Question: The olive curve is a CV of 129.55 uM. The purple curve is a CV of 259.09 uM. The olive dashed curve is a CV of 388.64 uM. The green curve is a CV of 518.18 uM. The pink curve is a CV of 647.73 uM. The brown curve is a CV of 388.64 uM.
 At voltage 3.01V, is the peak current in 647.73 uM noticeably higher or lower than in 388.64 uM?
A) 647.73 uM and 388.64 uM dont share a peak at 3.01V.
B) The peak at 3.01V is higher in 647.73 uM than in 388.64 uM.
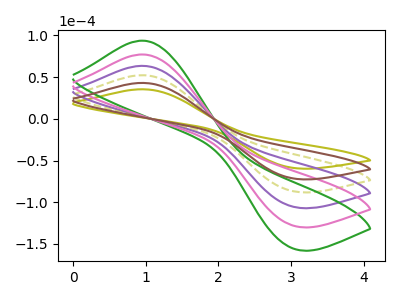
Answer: <think>The olive curve "129.55 uM" has an anodic peak at (0.95V, 35.45uA) and a cathodic peak at (3.00V, -58.60uA). The purple curve "259.09 uM" has an anodic peak at (0.95V, 129.15uA) and a cathodic peak at (3.00V, -213.55uA). The olive dashed curve "388.64 uM" has an anodic peak at (0.95V, 86.10uA) and a cathodic peak at (3.00V, -142.35uA). The green curve "518.18 uM" has an anodic peak at (0.95V, 215.25uA) and a cathodic peak at (3.00V, -355.95uA). The pink curve "647.73 uM" has an anodic peak at (0.95V, 172.20uA) and a cathodic peak at (3.00V, -284.75uA). The brown curve "388.64 uM" has an anodic peak at (0.95V, 43.05uA) and a cathodic peak at (3.00V, -71.20uA).</think>
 <answer>B) The peak at 3.01V is higher in "647.73 uM" than in "388.64 uM".</answer>
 <eval>B</eval>